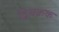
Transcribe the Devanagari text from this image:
द्विचक्रक